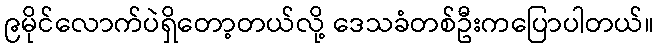
၉မိုင်လောက်ပဲရှိတော့တယ်လို့ ဒေသခံတစ်ဦးကပြောပါတယ်။